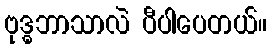
ဗုဒ္ဓဘာသာလဲ ပီပါပေတယ်။